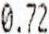
0.72